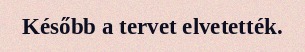
Később a tervet elvetették.